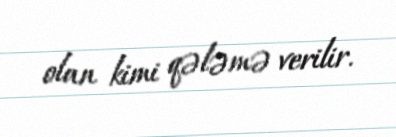
olan kimi qələmə verilir.